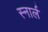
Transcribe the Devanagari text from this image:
स्नार्ल